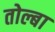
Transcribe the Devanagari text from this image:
तोल्बा